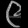
Digit: ၉